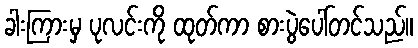
ခါးကြားမှ ပုလင်းကို ထုတ်ကာ စားပွဲပေါ်တင်သည်။